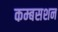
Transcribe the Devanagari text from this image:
कम्बसशन